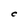
Character: C